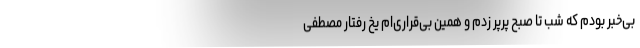
بی‌خبر بودم که شب تا صبح پَرپَر زدم و همین بی‌قراری‌ام یخ رفتار مصطفی